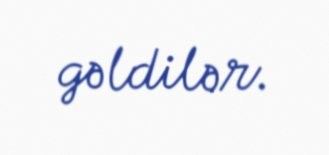
gəldilər.